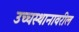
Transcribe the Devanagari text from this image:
उच्चस्थानावरील